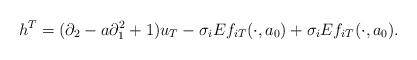
LaTeX: \begin{align*}h^T = (\partial_2 - a \partial_1^2 +1)u_T - \sigma_i E f_{iT}(\cdot, a_0) + \sigma_i E f_{iT}(\cdot, a_0).\end{align*}